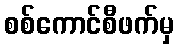
စစ်ကောင်စီဖက်မှ